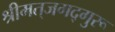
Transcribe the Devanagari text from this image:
श्रीमत्‌जगद्गुरू